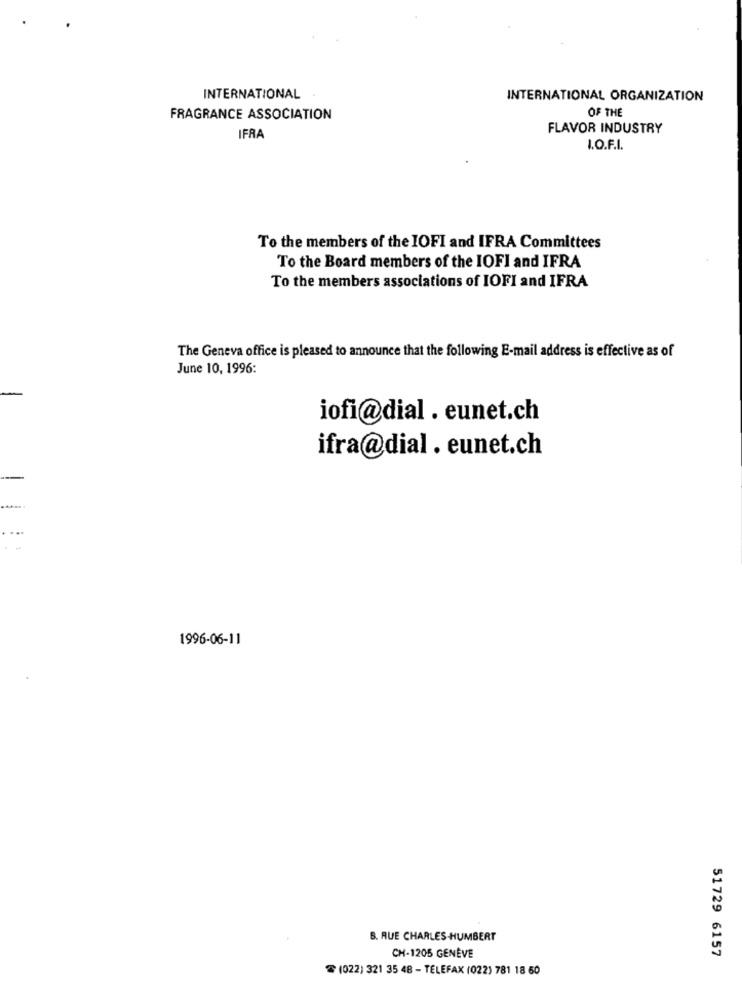
INTERNATIONAL
INTERNATIONAL ORGANIZATION
OF THE
FRAGRANCE ASSOCIATION
FLAVOR INDUSTRY
IFRA
I.O.F.I.
To the members of the IOFI and IFRA Committees
To the Board members of the IOFI and IFRA
To the members associations of IOFI and IFRA
The Geneva office is pleased to announce that the following E-mail address is effective as of
June 10, 1996:
iofi@dial . eunet.ch
ifra@dial. eunet.ch
1996-06-11
B. RUE CHARLES -HUMBERT
51729 6157
CH-1205 GENÈVE
(022) 321 35 48 - TELEFAX (022) 781 18 50